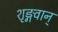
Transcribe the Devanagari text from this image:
शृङ्गवान्